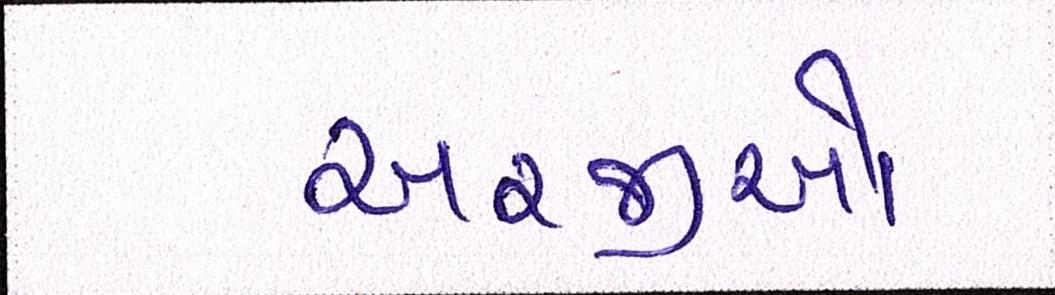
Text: અરજીઓ